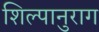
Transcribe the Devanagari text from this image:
शिल्पानुराग